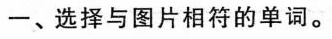
一、选择与图片相符的单词。